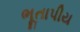
ભૂતાપીય